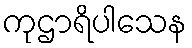
ကုဌာရိပါသေန